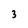
Character: 3